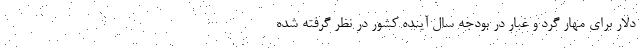
دلار برای مهار گرد و غبار در بودجه سال آینده کشور در نظر گرفته شده